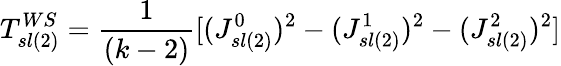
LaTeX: T_{sl(2)}^{WS}={\frac{1}{(k-2)}}[(J_{sl(2)}^{0})^{2}-(J_{sl(2)}^{1})^{2}-(J_{sl(2)}^{2})^{2}]